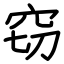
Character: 窃